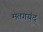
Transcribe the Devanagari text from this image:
मतगयंद